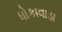
ધોકાવાડા